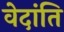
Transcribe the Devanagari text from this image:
वेदांति